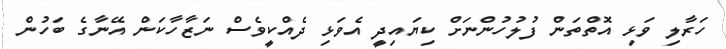
ހަރާލި ވަޅި އޮތްތަން ފުލުހުންނަށް ކިޔައިދީ އެވަޅި ދެއްކީވެސް ނަޒާހާކަން އޭނާގެ ބަހުން